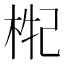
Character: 𣒤